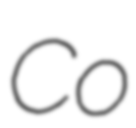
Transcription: Co